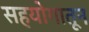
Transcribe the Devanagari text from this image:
सहयोगातून